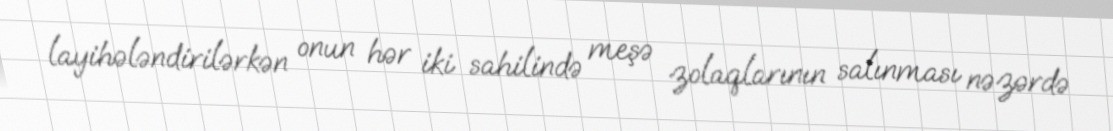
layihələndirilərkən onun hər iki sahilində meşə zolaqlarının salınması nəzərdə